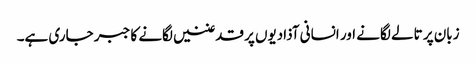
زبان پر تالے لگانے اور انسانی آذادیوں پر قدغنیں لگانے کا جبر جاری ہے۔